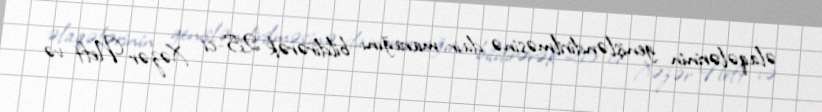
əlaqələrinin genişləndirilməsinə dair marağını bildirərək 25-ci Xəzər Neft və